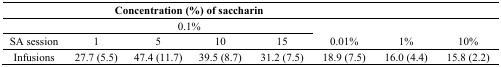
|  | <COLSPAN=4> Concentration (%) of saccharin | <COLSPAN=3>  |
 | --- | --- | --- | --- | --- | --- | --- | --- |
 |  | <COLSPAN=4> 0.1% | <COLSPAN=3>  |
 | SA session | 1 | 5 | 10 | 15 | 0.01% | 1% | 10% |
 | Infusions | 27.7 (5.5) | 47.4 (11.7) | 39.5 (8.7) | 31.2 (7.5) | 18.9 (7.5) | 16.0 (4.4) | 15.8 (2.2) |